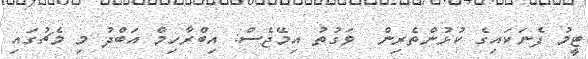
ޓީމު ފެނަކައިގެ ކުޅުންތެރިން  ވަގުތު އިމޭޖެސް: އިބްރާހިމް އަބްދު މި މެޗުގައި